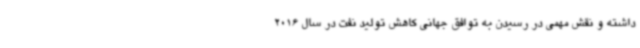
داشته و نقش مهمی در رسیدن به توافق جهانی کاهش تولید نفت در سال 2016